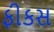
ફીકસ